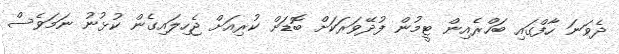
ދެވަނަ ހާފްގައި ބަހްރެއިން ޓީމުން ފުދޭވަރަކަށް ބޮޑަށް ކުރިއަށް ޖެހިލައިގެން ކުޅުނު ނަމަވެސް